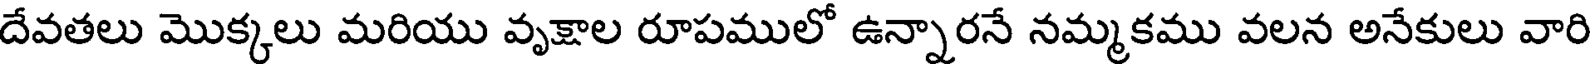
దేవతలు మొక్కలు మరియు వృక్షాల రూపములో ఉన్నారనే నమ్మకము వలన అనేకులు వారి